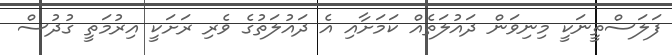
ފަލަސްތީނަކީ މިނިވަން ދައުލަތެއް ކަމަށާއި އެ ދައުލަތުގެ ވެރި ރަށަކީ އިރުމަތީ ގުދުސް